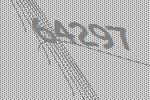
64297